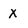
Character: X